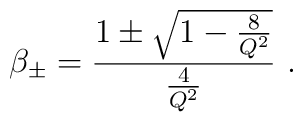
\beta_{\pm} = {1 \pm \sqrt { 1 - {8\over Q^2}} \over {4 \over Q^2}}\ .